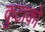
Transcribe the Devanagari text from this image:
कुटाको